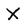
Character: X